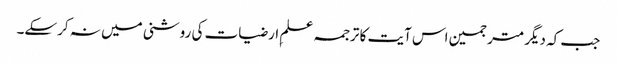
جب کہ دیگر مترجمین اس آیت کا ترجمہ علمِ ارضیات کی روشنی میں نہ کرسکے۔